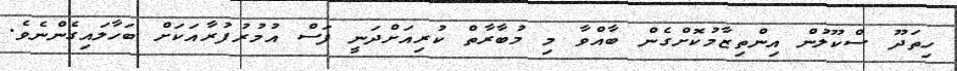
ހިތަދޫ ސްކޫލުން އިންތިޒާމުކޮށްގެން ބާއްވާ މި މުބާރާތް ކުރިއަށްދަނީ ފަސް އުމުރުފުރާއަކަށް ބަހާލައިގެންނެވެ.